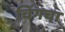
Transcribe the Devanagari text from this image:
चिंगचा